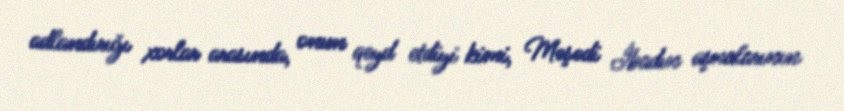
adlandırığı xorlar arasında, onun qeyd etdiyi kimi, Məşədi İbadın aşnalarının